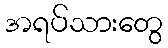
အရပ်သားတွေ